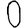
Digit: 0